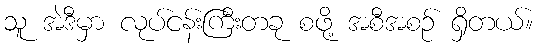
သူ အဲဒီမှာ လုပ်ငန်းကြီးတခု စဖို့ အစီအစဉ် ရှိတယ်။